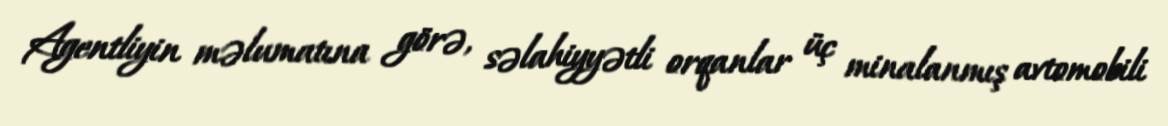
Agentliyin məlumatına görə, səlahiyyətli orqanlar üç minalanmış avtomobili